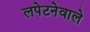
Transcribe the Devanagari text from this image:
लपेटनेवाले